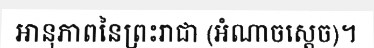
អានុភាពនៃព្រះរាជា (អំណាចស្តេច)។